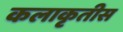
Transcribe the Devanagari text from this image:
कलाकृतीस